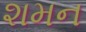
શમન